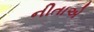
નીતાએ